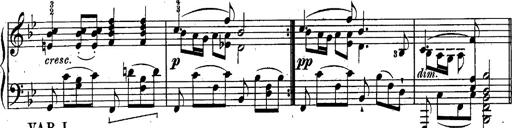
Title: Schubert's Impromptus [revised and edited by Franz Liszt]
Composer: Franz Liszt